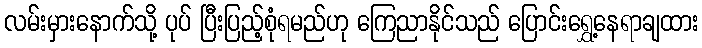
လမ်းမှားနောက်သို့ ပုပ် ပြီးပြည့်စုံရမည်ဟု ကြေညာနိုင်သည် ပြောင်းရွှေ့နေရာချထား